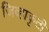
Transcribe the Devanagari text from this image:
जिव्हाकृती